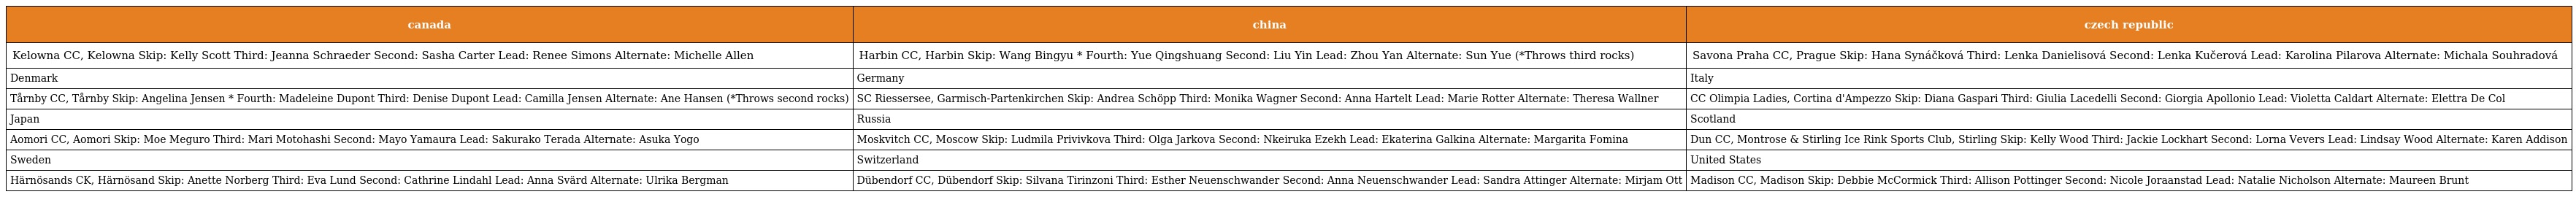
| canada | china | czech republic |
 | --- | --- | --- |
 | Kelowna CC, Kelowna Skip: Kelly Scott Third: Jeanna Schraeder Second: Sasha Carter Lead: Renee Simons Alternate: Michelle Allen | Harbin CC, Harbin Skip: Wang Bingyu * Fourth: Yue Qingshuang Second: Liu Yin Lead: Zhou Yan Alternate: Sun Yue (*Throws third rocks) | Savona Praha CC, Prague Skip: Hana Synáčková Third: Lenka Danielisová Second: Lenka Kučerová Lead: Karolina Pilarova Alternate: Michala Souhradová |
 | Denmark | Germany | Italy |
 | Tårnby CC, Tårnby Skip: Angelina Jensen * Fourth: Madeleine Dupont Third: Denise Dupont Lead: Camilla Jensen Alternate: Ane Hansen (*Throws second rocks) | SC Riessersee, Garmisch-Partenkirchen Skip: Andrea Schöpp Third: Monika Wagner Second: Anna Hartelt Lead: Marie Rotter Alternate: Theresa Wallner | CC Olimpia Ladies, Cortina d'Ampezzo Skip: Diana Gaspari Third: Giulia Lacedelli Second: Giorgia Apollonio Lead: Violetta Caldart Alternate: Elettra De Col |
 | Japan | Russia | Scotland |
 | Aomori CC, Aomori Skip: Moe Meguro Third: Mari Motohashi Second: Mayo Yamaura Lead: Sakurako Terada Alternate: Asuka Yogo | Moskvitch CC, Moscow Skip: Ludmila Privivkova Third: Olga Jarkova Second: Nkeiruka Ezekh Lead: Ekaterina Galkina Alternate: Margarita Fomina | Dun CC, Montrose & Stirling Ice Rink Sports Club, Stirling Skip: Kelly Wood Third: Jackie Lockhart Second: Lorna Vevers Lead: Lindsay Wood Alternate: Karen Addison |
 | Sweden | Switzerland | United States |
 | Härnösands CK, Härnösand Skip: Anette Norberg Third: Eva Lund Second: Cathrine Lindahl Lead: Anna Svärd Alternate: Ulrika Bergman | Dübendorf CC, Dübendorf Skip: Silvana Tirinzoni Third: Esther Neuenschwander Second: Anna Neuenschwander Lead: Sandra Attinger Alternate: Mirjam Ott | Madison CC, Madison Skip: Debbie McCormick Third: Allison Pottinger Second: Nicole Joraanstad Lead: Natalie Nicholson Alternate: Maureen Brunt |